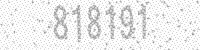
Solution: 818191